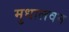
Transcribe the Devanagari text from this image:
मुधालवन